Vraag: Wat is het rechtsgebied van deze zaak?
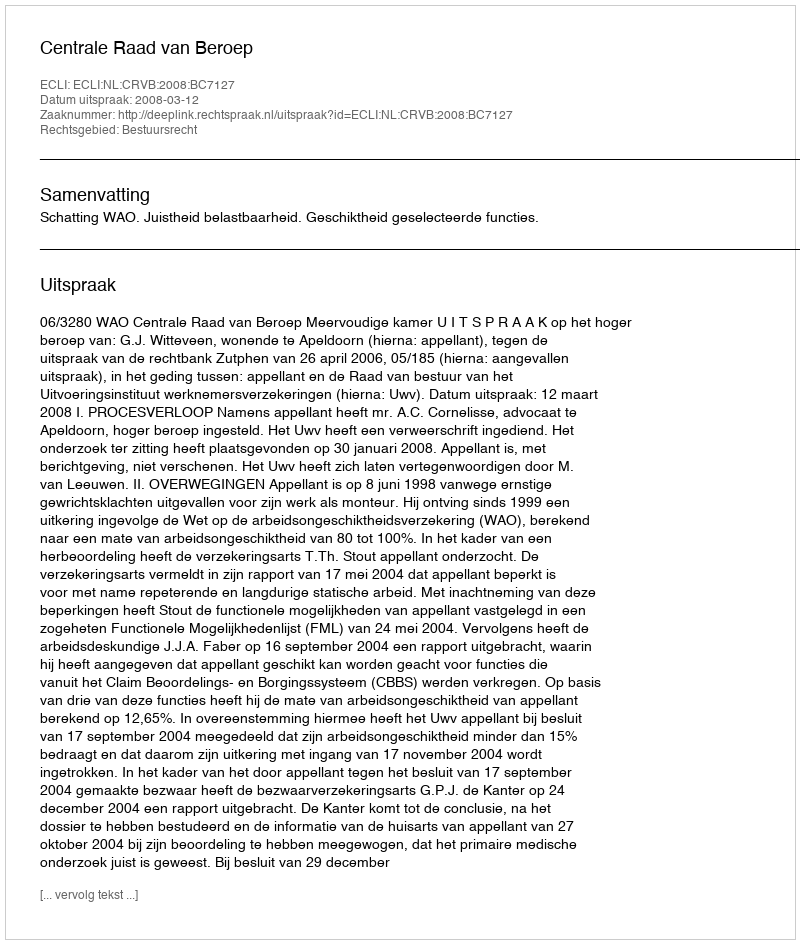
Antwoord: Bestuursrecht